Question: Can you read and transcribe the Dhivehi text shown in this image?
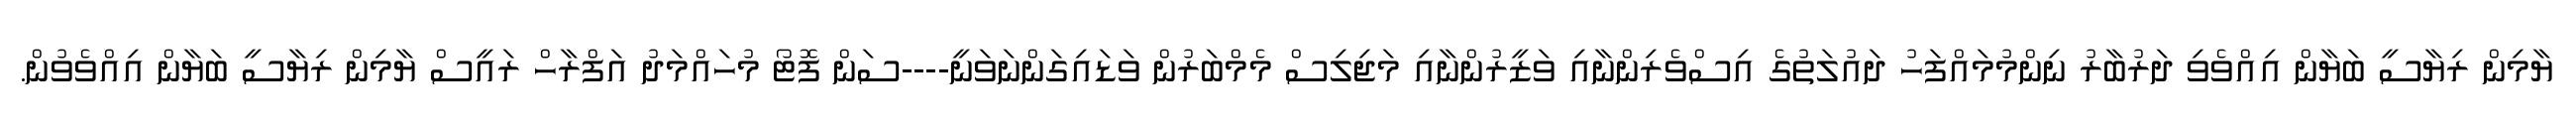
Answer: ޔާމިން ރިޔާސީ ބަޔާން އިއްވެވި ދަރުބާރު ނިންމުމައްފަހު ދައުލަތުގެ އިސްވެރިންނާއި ވަޒީރުންނާއި މަޖިލިސް މެމްބަރުން ވަޑައިގަންނަވަނީ----ސަން ފޮޓޯ މުހައްމަދު އަފްރާހް ރައީސް ޔާމިން ރިޔާސީ ބަޔާން އިއްވެވުން.